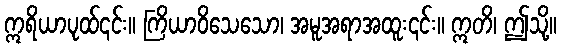
ဣရိယာပုထ်၎င်း။ ကြိယာဝိသေသော၊ အမူအရာအထူး၎င်း။ ဣတိ၊ ဤသို့။